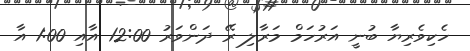
ހެކިވެރިޔާ ބުނީ އަރުހަމް މަރާލި ރޭ ދަންވަރު 12:00 އާއި 1:00 އާ